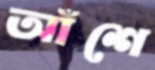
আঁশে